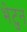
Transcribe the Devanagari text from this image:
भेटुन